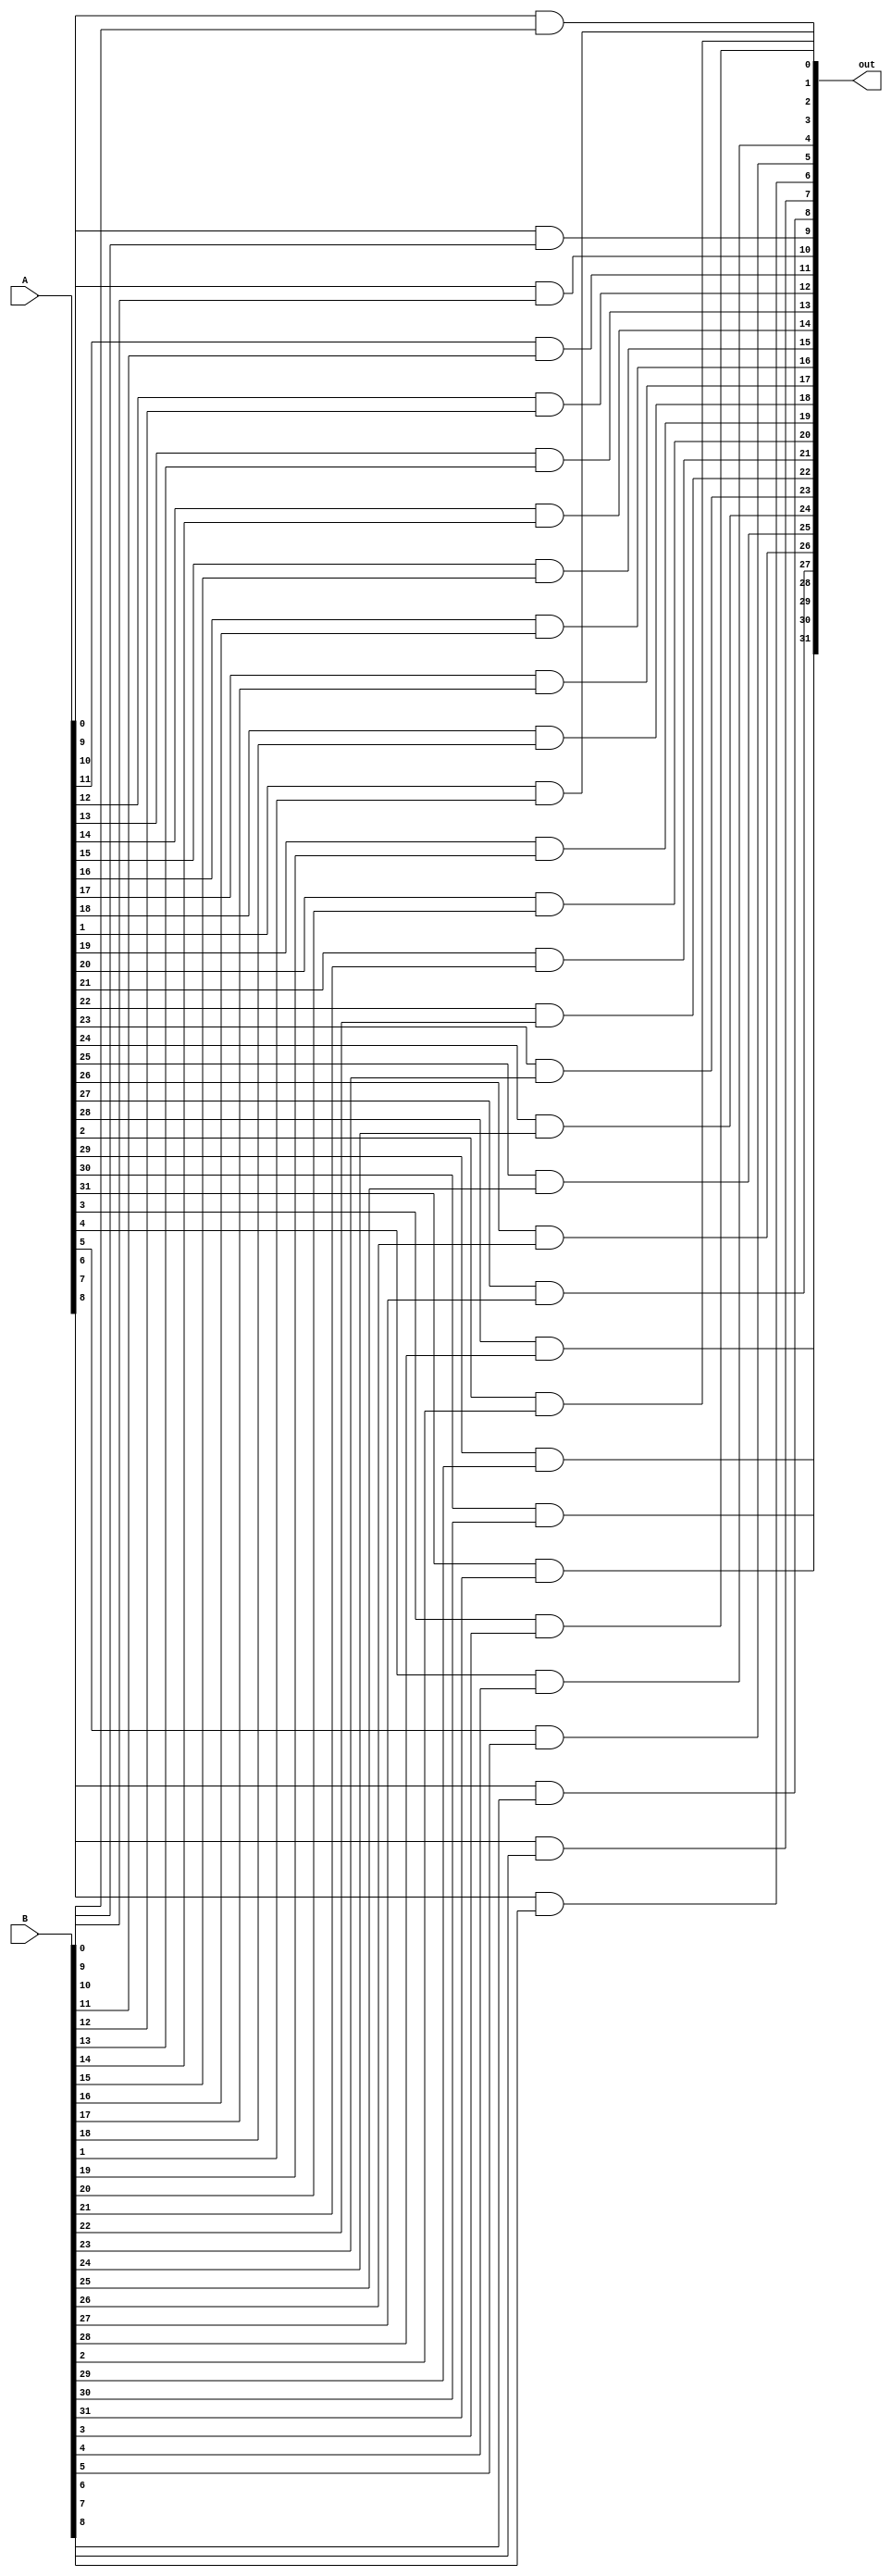
module AND_32bit (A, B, out);
	input[31:0] A, B;
	output[31:0] out;
	
	
	genvar i;
	generate
	for (i=0; i<32; i=i+1) begin:gene_or
		and and1(out[i], A[i], B[i]);
	end
	endgenerate
	
endmodule